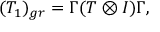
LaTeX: ( T _ { 1 } ) _ { g r } = \Gamma ( T \otimes I ) \Gamma ,